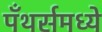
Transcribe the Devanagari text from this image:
पँथर्समध्ये